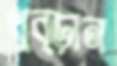
থুব্‌ড়ান